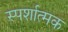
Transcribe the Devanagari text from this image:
स्पर्शात्मक